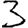
Digit: 3